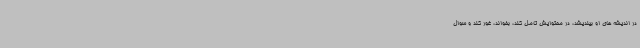
در اندیشه های او بیندیشد، در محتوایش تامل کند، بخواند، غور کند و سوال